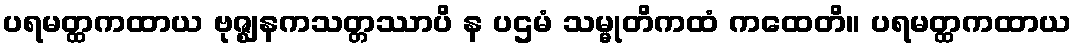
ပရမတ္ထကထာယ ဗုဇ္ဈနကသတ္တဿာပိ န ပဌမံ သမ္မုတိကထံ ကထေတိ။ ပရမတ္ထကထာယ